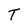
Character: T